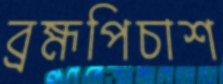
ব্রহ্মপিচাশ